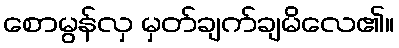
စောမွန်လှ မှတ်ချက်ချမိလေ၏။